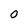
Character: O